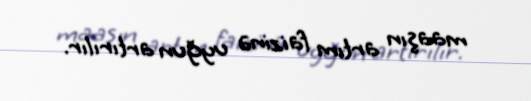
maaşın artım faizinə uyğun artırılır.